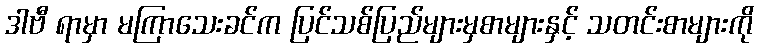
ဒါဗီ ရာမှာ မကြာသေးခင်က ပြင်သစ်ပြည်များမှစာများနှင့် သတင်းစာများကို